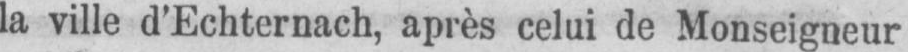
la ville d’Echternach, aprés celui de Monseigneur